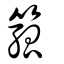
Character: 箛